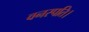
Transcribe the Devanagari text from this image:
वनस्पति।